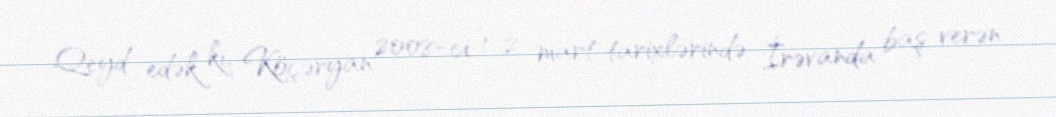
Qeyd edək ki, Köçəryan 2008-ci 1-2 mart tarixlərində İrəvanda baş verən